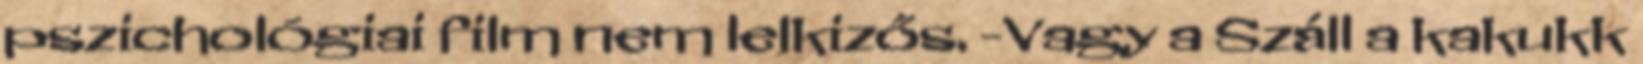
pszichológiai film nem lelkizős. -Vagy a Száll a kakukk